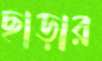
ছাড়ার